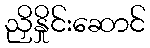
ညှိနှိုင်းဆောင်